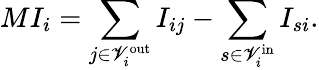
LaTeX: MI_{i}=\sum_{j\in\mathscr{V}_{i}^{\mathrm{out}}}I_{ij}-\sum_{s\in\mathscr{V}_{i}^{\mathrm{in}}}I_{si}.